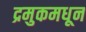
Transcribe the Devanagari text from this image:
द्रमुकमधून